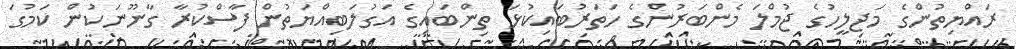
ރައްޔިތުންގެ މަޖިލީހުގެ ޖުމްލަ މެންބަރުންގެ ހަތަރުބައިކުޅަ ތިންބައިގެ އަގުލަބިއްޔަތުން ފާސްކުރާ ގާނޫނަކުން ކަމުގަ